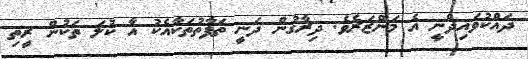
ދައްކުވައިދެނީ އެ މަންޒަރެވެ. ދިރާގުން ދަނީ ތަފާތުތަކާއެކު އާ ކުލަ ތަކުން ރީތި